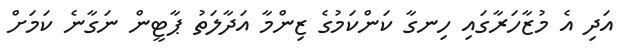
އަދި އެ މުޒާހަރާގައި ހިނގާ ކަންކަމުގެ ޒިންމާ އަދާލަތު ޕާޓީން ނަގާނެ ކަމަށް